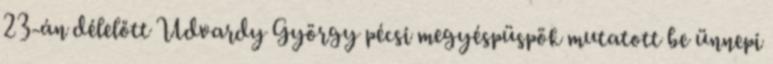
23-án délelőtt Udvardy György pécsi megyéspüspök mutatott be ünnepi